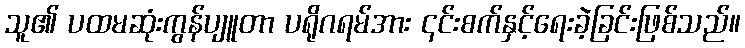
သူ၏ ပထမဆုံးကွန်ပျူတာ ပရိုဂရမ်အား ၎င်းစက်နှင့်ရေးခဲ့ခြင်းဖြစ်သည်။